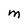
Character: M